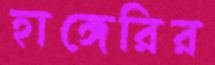
হাঙ্গেরির